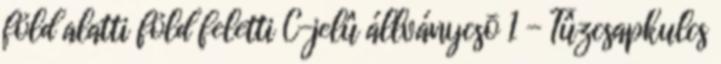
föld alatti föld feletti C-jelû állványcsõ 1 - Tûzcsapkulcs